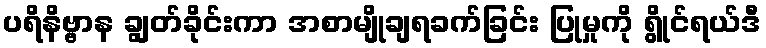
ပရိနိဗ္ဗာန ချွတ်ခိုင်းကာ အစာမျိုချရခက်ခြင်း ပြုမှုကို ရွိုင်ရယ်ဒီ